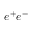
e ^ { + } e ^ { - }